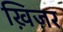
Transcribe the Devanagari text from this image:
ख़िज़र